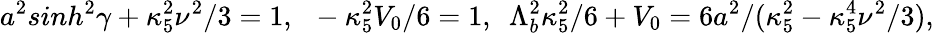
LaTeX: a^{2}sinh^{2}\gamma+\kappa_{5}^{2}\nu^{2}/3=1,~~-\kappa_{5}^{2}V_{0}/6=1,~~\Lambda_{b}^{2}\kappa_{5}^{2}/6+V_{0}=6a^{2}/(\kappa_{5}^{2}-\kappa_{5}^{4}\nu^{2}/3),